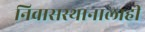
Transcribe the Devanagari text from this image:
निवासस्थानालाही